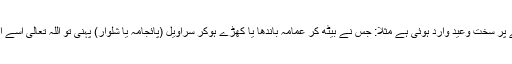
بعض احادیث ضعیفہ میں کھڑے ہوکر پائجامہ وغیرہ پہننے پر سخت وعید وارد ہوئی ہے مثلاً: جس نے بیٹھ کر عمامہ باندھا یا کھڑے ہوکر سراویل (پائجامہ یا شلوار) پہنی تو اللہ تعالیٰ اسے ایسی مصیبت میں مبتلا فرمائے گا جس کی کوئی دواء نہیں۔